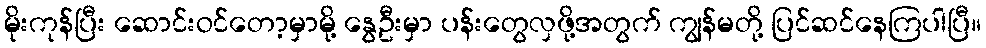
မိုးကုန်ပြီး ဆောင်းဝင်တော့မှာမို့ နွေဦးမှာ ပန်းတွေလှဖို့အတွက် ကျွန်မတို့ ပြင်ဆင်နေကြပါပြီ။